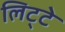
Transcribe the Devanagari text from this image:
लिट्‍टे